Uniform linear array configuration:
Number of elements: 16
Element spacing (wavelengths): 0.25
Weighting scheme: hann
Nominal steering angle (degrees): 30
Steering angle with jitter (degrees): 29.2
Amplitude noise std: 0.05
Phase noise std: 0.05

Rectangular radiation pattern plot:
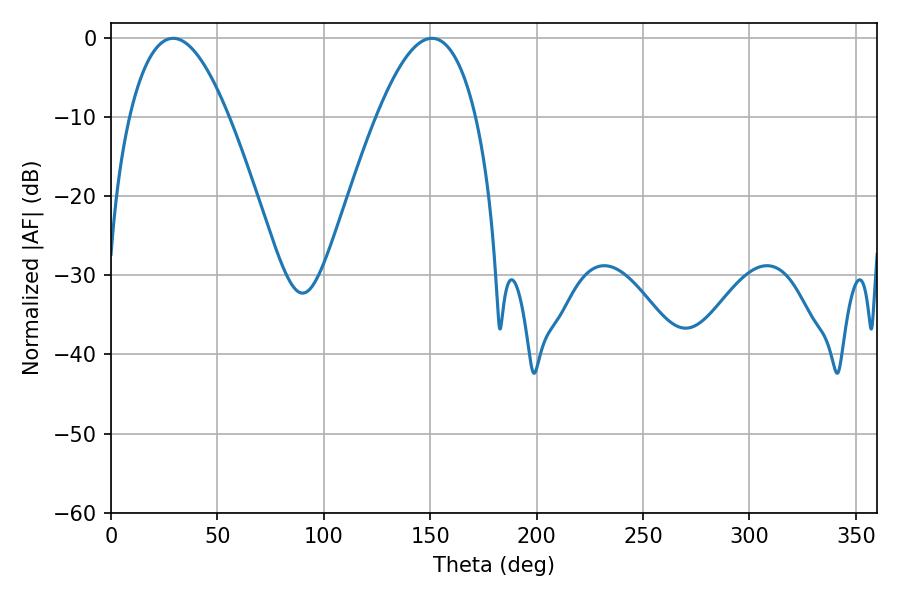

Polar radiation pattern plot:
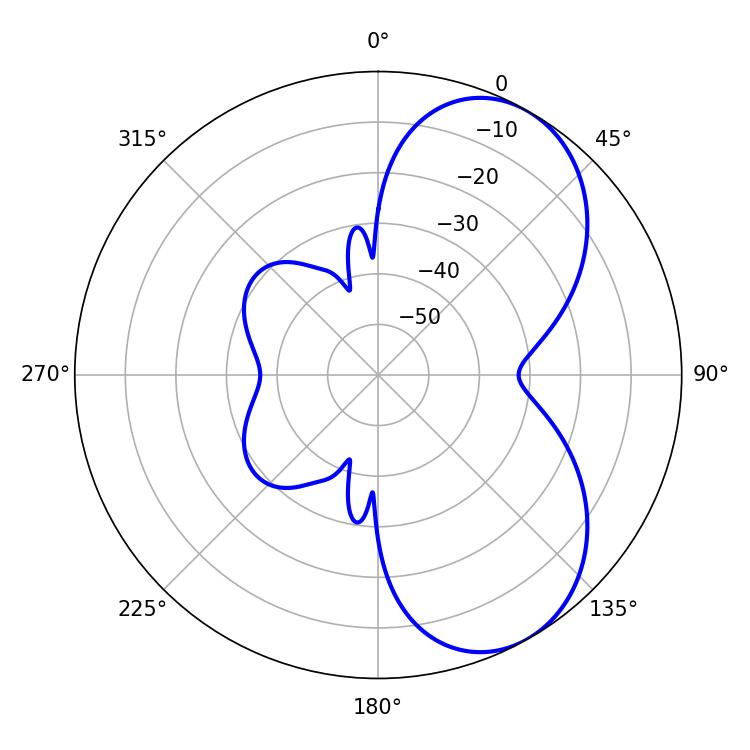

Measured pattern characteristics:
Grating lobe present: FALSE
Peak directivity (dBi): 6.15
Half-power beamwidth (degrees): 25.56
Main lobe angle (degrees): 29.16